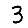
Digit: 3